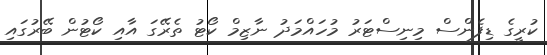
ކުރީގެ ޑިފެންސް މިނިސްޓަރު މުހައްމަދު ނާޒިމް ކޯޓު ތެރޭގަ އާއި ކޯޓުން ބޭރުގައި